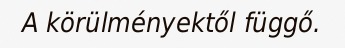
A körülményektől függő.